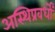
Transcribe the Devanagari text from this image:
अस्थिप्रवर्धों